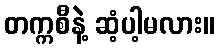
တက္ကစီနဲ့ ဆံ့ပါ့မလား။